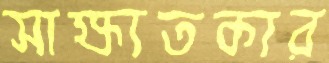
সাক্ষ্যতকার